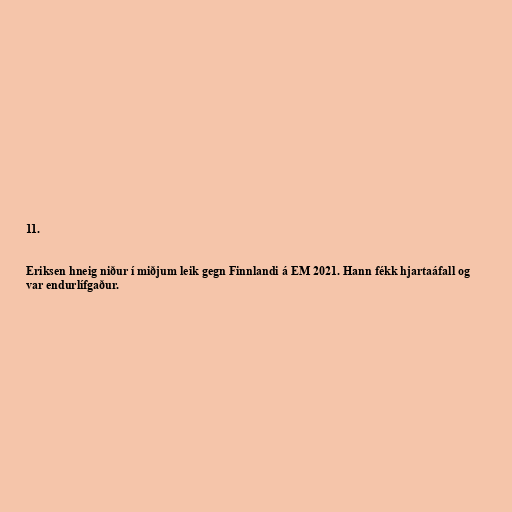
11.

Eriksen hneig niður í miðjum leik gegn Finnlandi á EM 2021. Hann fékk hjartaáfall og
var endurlífgaður.